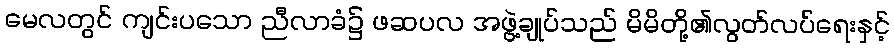
မေလတွင် ကျင်းပသော ညီလာခံ၌ ဖဆပလ အဖွဲ့ချုပ်သည် မိမိတို့၏လွတ်လပ်ရေးနှင့်